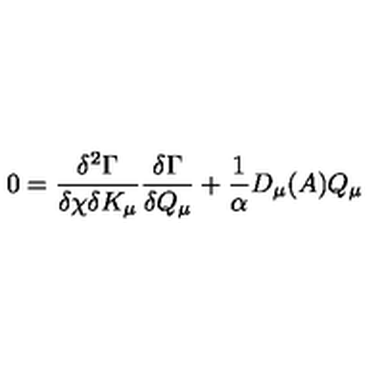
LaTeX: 0 = \frac { \delta ^ { 2 } \Gamma } { \delta \chi \delta K _ { \mu } } \frac { \delta \Gamma } { \delta Q _ { \mu } } + \frac { 1 } { \alpha } D _ { \mu } ( A ) Q _ { \mu }